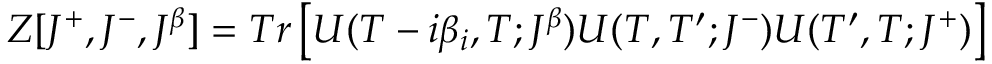
Z [ J ^ { + } , J ^ { - } , J ^ { \beta } ] = T r \left[ U ( T - i \beta _ { i } , T ; J ^ { \beta } ) U ( T , T ^ { \prime } ; J ^ { - } ) U ( T ^ { \prime } , T ; J ^ { + } ) \right]